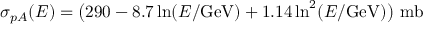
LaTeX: \sigma _ { p A } ( E ) = \bigl ( 2 9 0 - 8 . 7 \ln ( E / \mathrm { G e V } ) + 1 . 1 4 \ln ^ { 2 } ( E / \mathrm { G e V } ) \bigr ) \ \mathrm { m b }